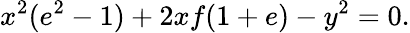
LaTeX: x^{2}(e^{2}-1)+2xf(1+e)-y^{2}=0.